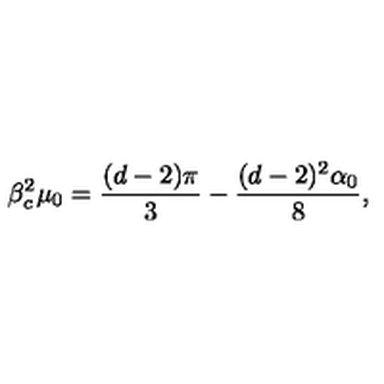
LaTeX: \beta _ { c } ^ { 2 } \mu _ { 0 } = \frac { ( d - 2 ) \pi } { 3 } - \frac { ( d - 2 ) ^ { 2 } \alpha _ { 0 } } { 8 } ,